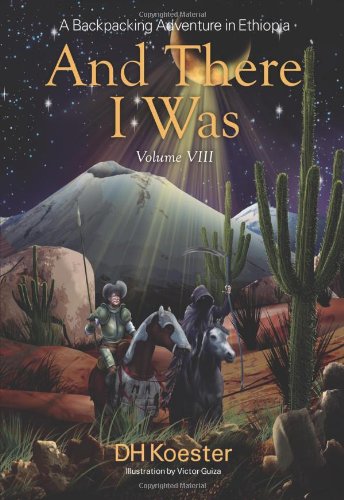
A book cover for And There I Was Volume VIII: A Backpacking Adventure in Ethiopia; Dh Koester; Travel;